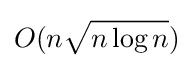
O(n{\sqrt {n\log n}})